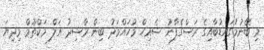
މި ބޭނުމުގައިޑުބާއިގެ ރަސްގެފާނު ޝެއިހް މުހައްމަދު ބިން ރާޝިދު އަލް މަކްތޫމް މިދިޔަ